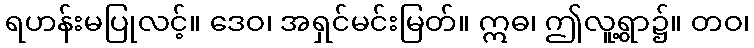
ရဟန်းမပြုလင့်။ ဒေဝ၊ အရှင်မင်းမြတ်။ ဣဓ၊ ဤလူ့ရွာ၌။ တဝ၊